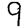
Digit: 9